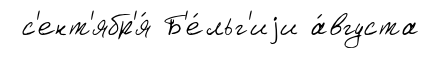
с'ент'ябр'я́ Б'е́льг'иjи а́вгуста